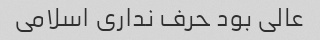
عالی بود حرف نداری اسلامی